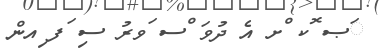
ަޞ ޮކ ްށ އެ ދުވަ ްސ ަވރު ސި ަފ ިއން